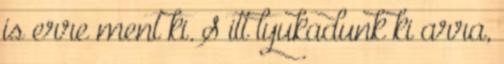
is erre ment ki. S itt lyukadunk ki arra,